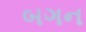
બગન